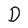
Character: D